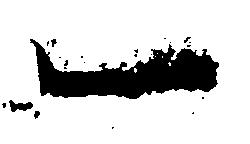
一